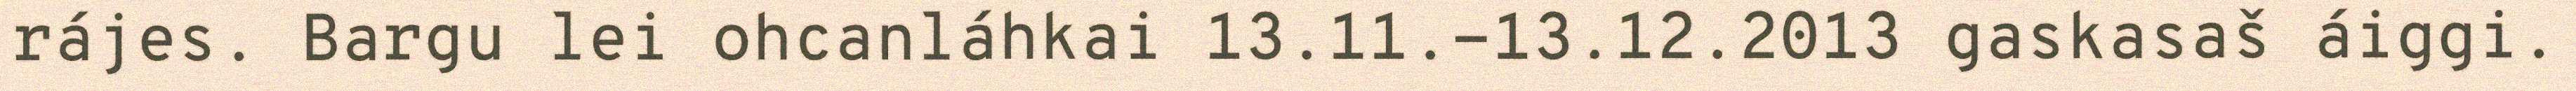
rájes. Bargu lei ohcanláhkai 13.11.-13.12.2013 gaskasaš áiggi.